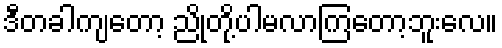
ဒီတခါကျတော့ ညိုတို့ပါမလာကြတော့ဘူးလေ။